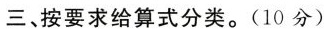
三、按要求给算式分类。(10分)